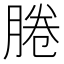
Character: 腃